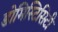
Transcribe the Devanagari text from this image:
डोमिस्टिसिटी